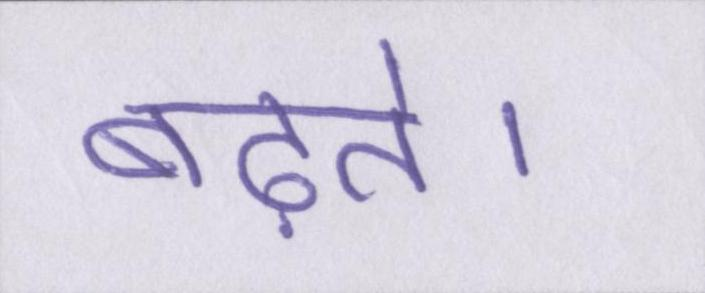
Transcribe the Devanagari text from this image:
बढ़ते।